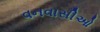
વનવાસીઓ